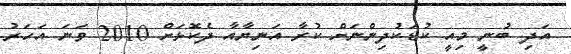
އަދި ބުނީ މިއީ ކުޑަކުދިންނަށް ކުރާ އަނިޔާއާ ދެކޮޅަށް 2010 ވަނަ އަހަރު